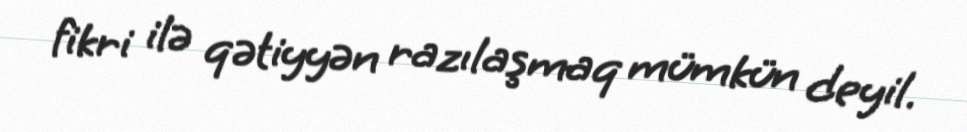
fikri ilə qətiyyən razılaşmaq mümkün deyil.